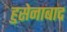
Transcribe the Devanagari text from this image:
हुसेनाबाद